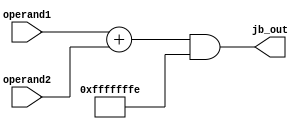
module JB_Unit (
    input [31:0] operand1,
    input [31:0] operand2,
    output [31:0] jb_out
);

assign jb_out = (operand1 + operand2) & (~32'd1);



endmodule